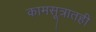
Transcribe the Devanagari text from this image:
कामसूत्रातही